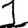
Digit: 1